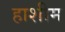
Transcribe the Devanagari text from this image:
हाशीम